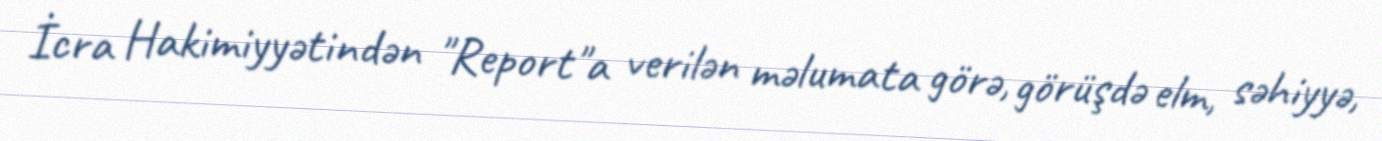
İcra Hakimiyyətindən "Report"a verilən məlumata görə, görüşdə elm, səhiyyə,